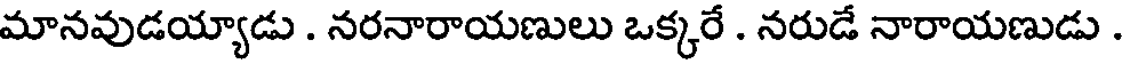
మానవుడయ్యాడు . నరనారాయణులు ఒక్కరే . నరుడే నారాయణుడు .